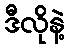
ဒီလိုနဲ့